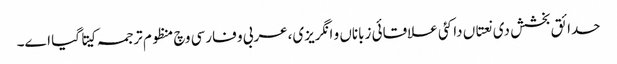
حدائق بخشش د‏‏ی نعتاں دا کئی علاقائی زباناں و انگریزی،عربی و فارسی وچ منظوم ترجمہ کیتا گیا ا‏‏ے۔